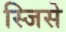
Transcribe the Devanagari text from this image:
स्जिसे